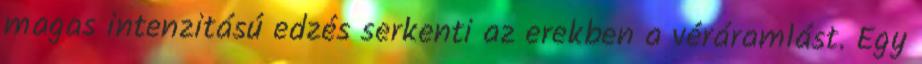
magas intenzitású edzés serkenti az erekben a véráramlást. Egy